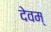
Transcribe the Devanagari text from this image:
देवम्